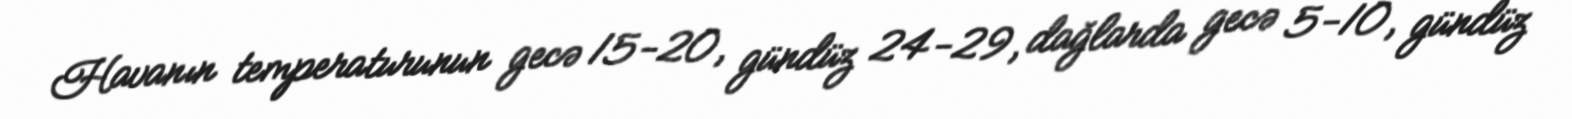
Havanın temperaturunun gecə 15-20, gündüz 24-29, dağlarda gecə 5-10, gündüz